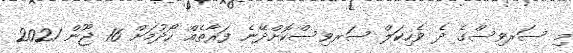
މި ސަރވިސްގެ ދެ ވެހިކަލް ސަރވިސްކޮށްދޭނެ ފަރާތެއް ހޯދުމަށް 16 ޖޫން 2021